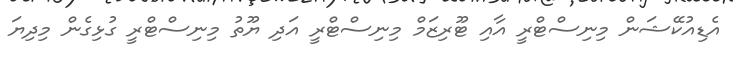
އެޑިއުކޭޝަން މިނިސްޓްރީ އާއި ޓޫރިޒަމް މިނިސްޓްރީ އަދި ޔޫތު މިނިސްޓްރީ ގުޅިގެން މިދިޔަ